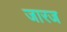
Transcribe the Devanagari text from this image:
जारज